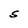
Character: S